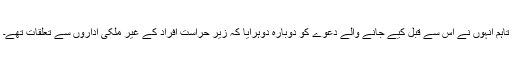
تاہم انہوں نے اس سے قبل کیے جانے والے دعوے کو دوبارہ دوہرایا کہ زیر حراست افراد کے غیر ملکی اداروں سے تعلقات تھے۔